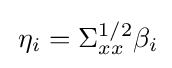
\,\eta _{i}=\Sigma _{xx}^{1/2}\beta _{i}